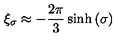
\xi _ { \sigma } \approx - \frac { 2 \pi } { 3 } \sinh { ( \sigma ) }